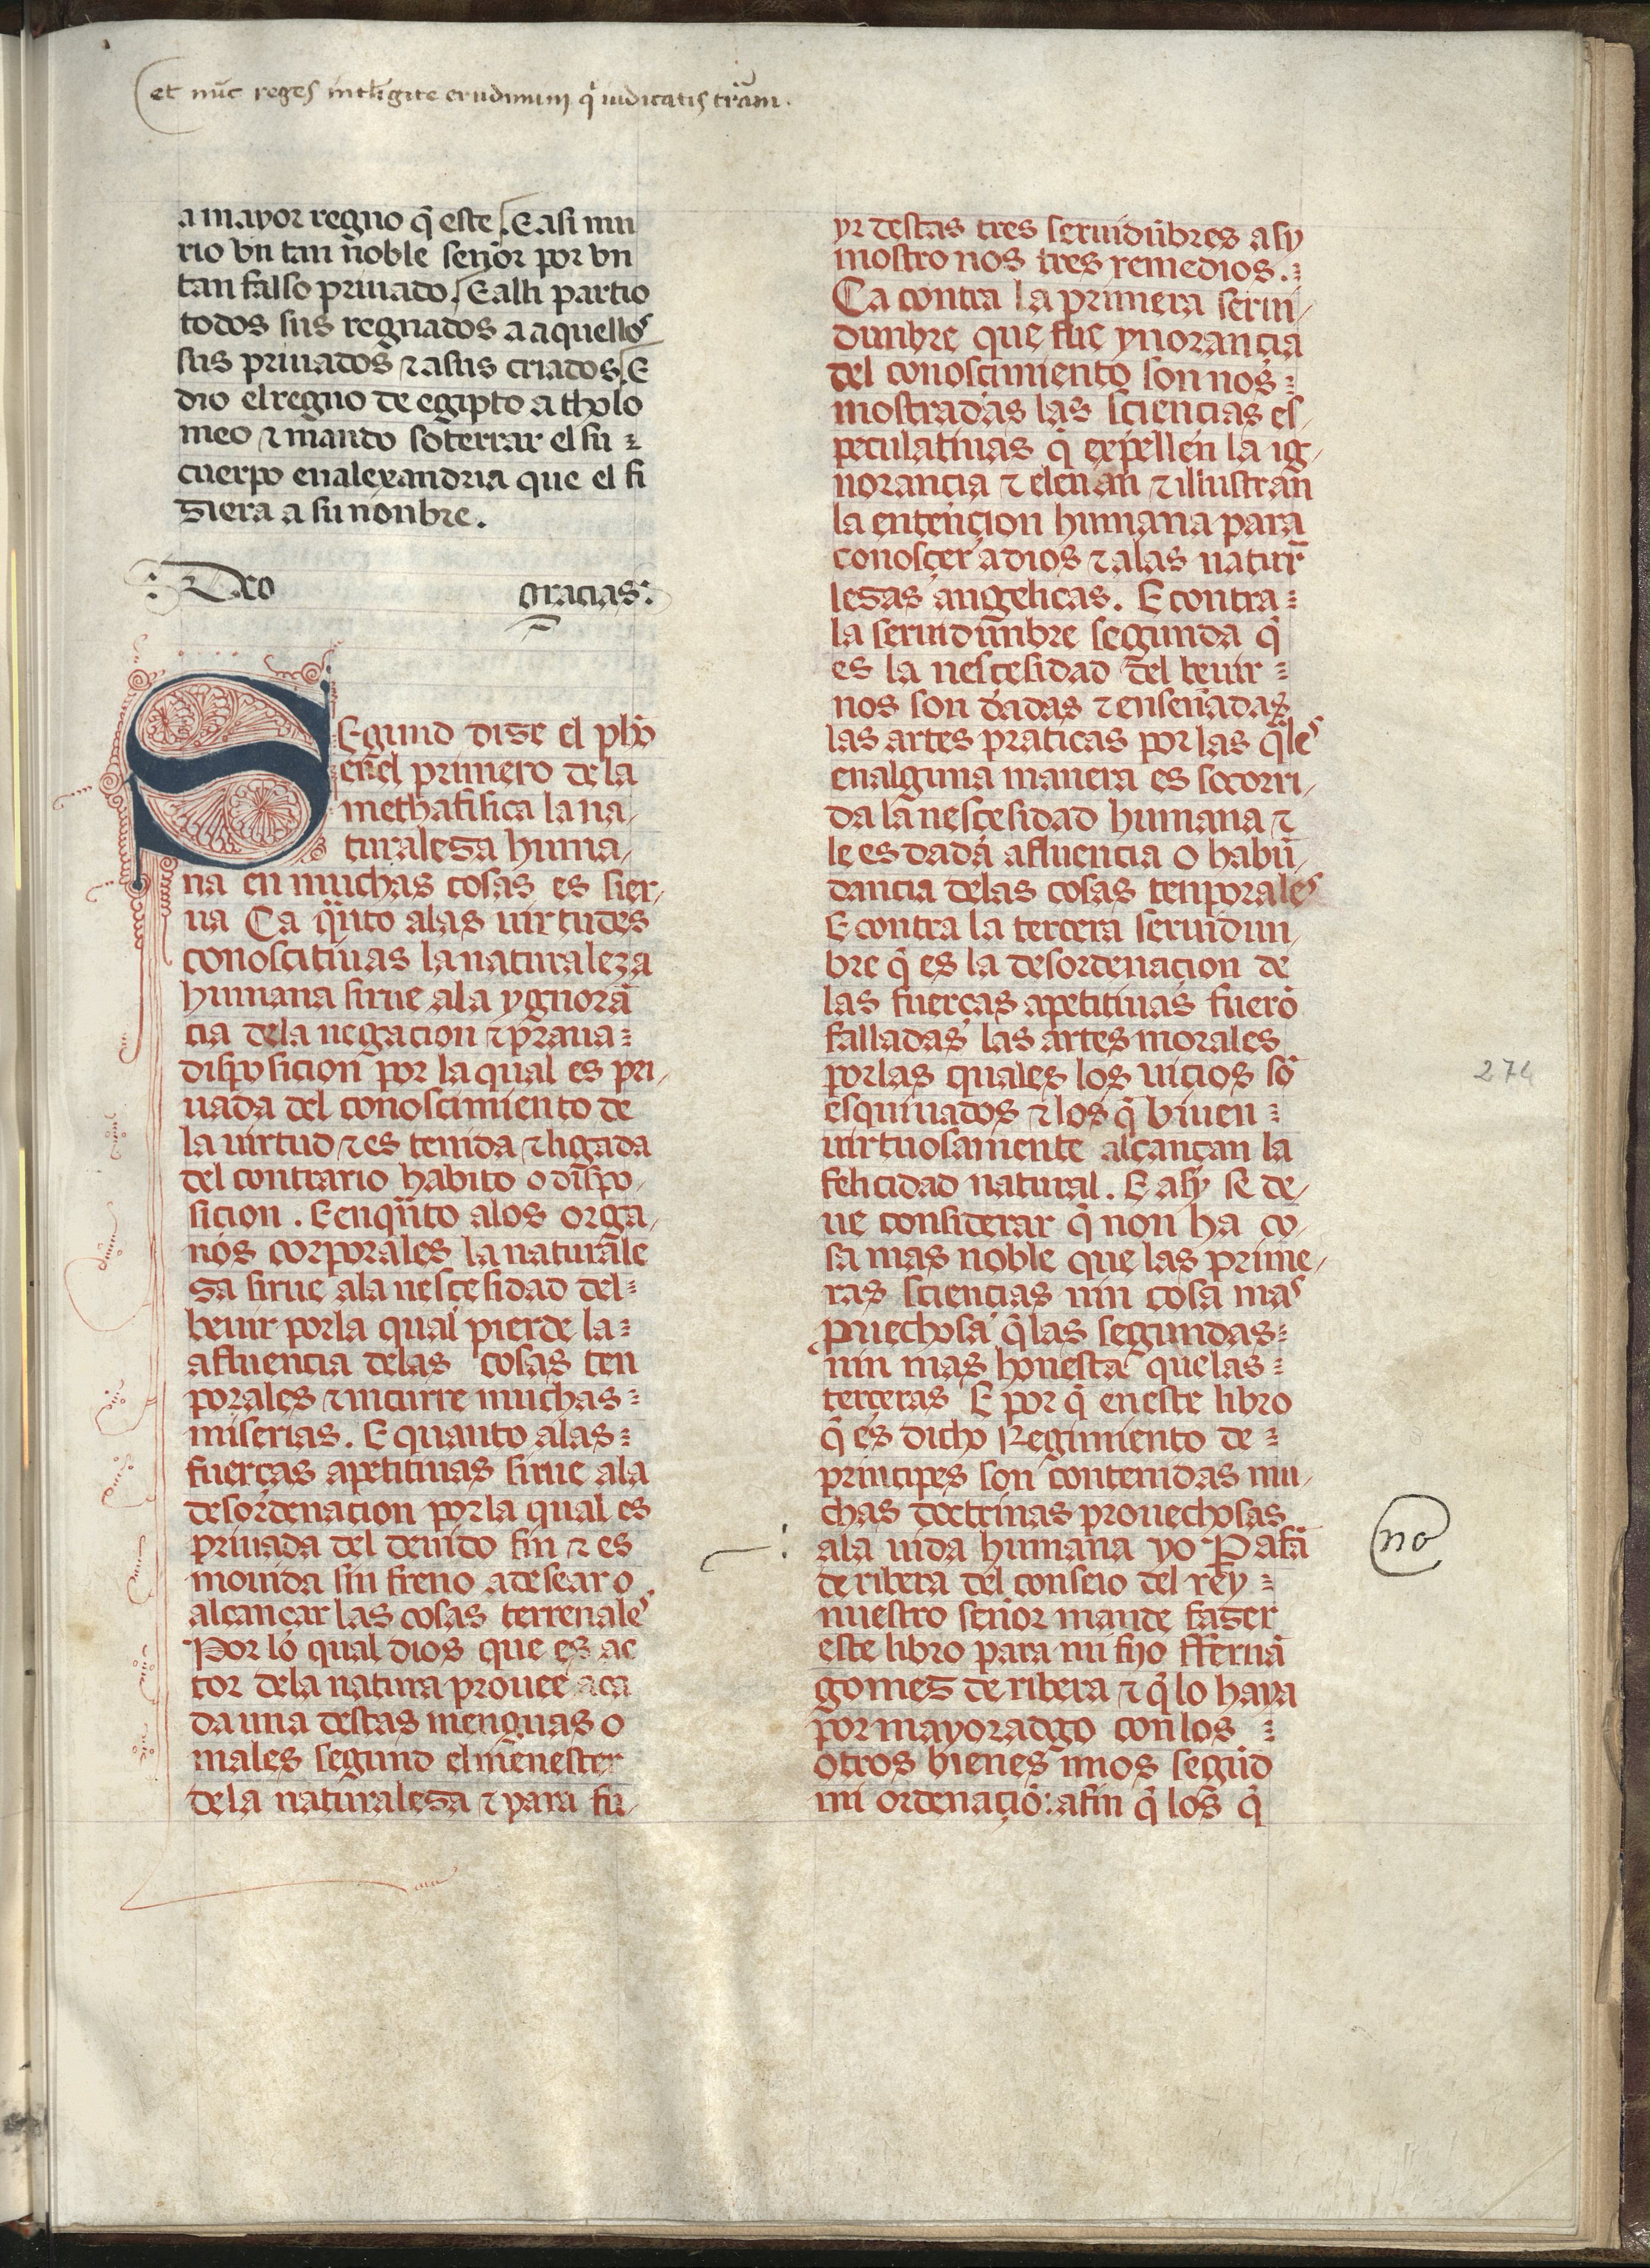
Shelfmark: Madrid, Fundación Lázaro Galdiano, mss 289
Century: 15